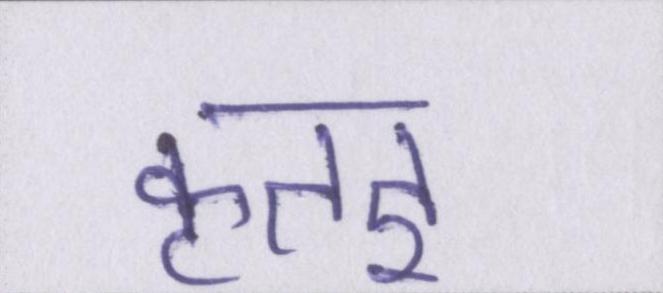
कृतज्ञ